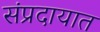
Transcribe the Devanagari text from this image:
संंप्रदायात